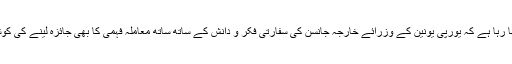
ایسا خیال کیا جا رہا ہے کہ یورپی یونین کے وزرائے خارجہ جانسن کی سفارتی فکر و دانش کے ساتھ ساتھ معاملہ فہمی کا بھی جائزہ لینے کی کوشش کریں گے۔